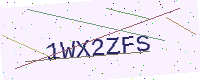
Text: 1WX2ZFS